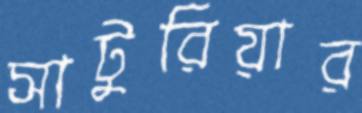
সাটুরিয়ার